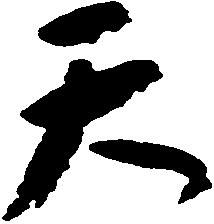
天